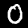
Label: 0